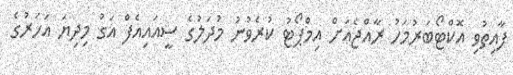
ފާއިތުވި އޮކްޓޯބަރުމަހު ރާއްޖެއަށް އިމްޕޯޓު ކުރެވުނު މުދަލުގެ ސީއައިއެފް އަގު މިދިޔަ އަހަރުގެ